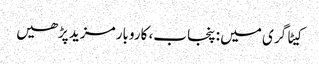
کیٹاگری میں : پنجاب، کاروبار مزید پڑھیں